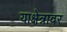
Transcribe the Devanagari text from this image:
याक्षेत्रावर